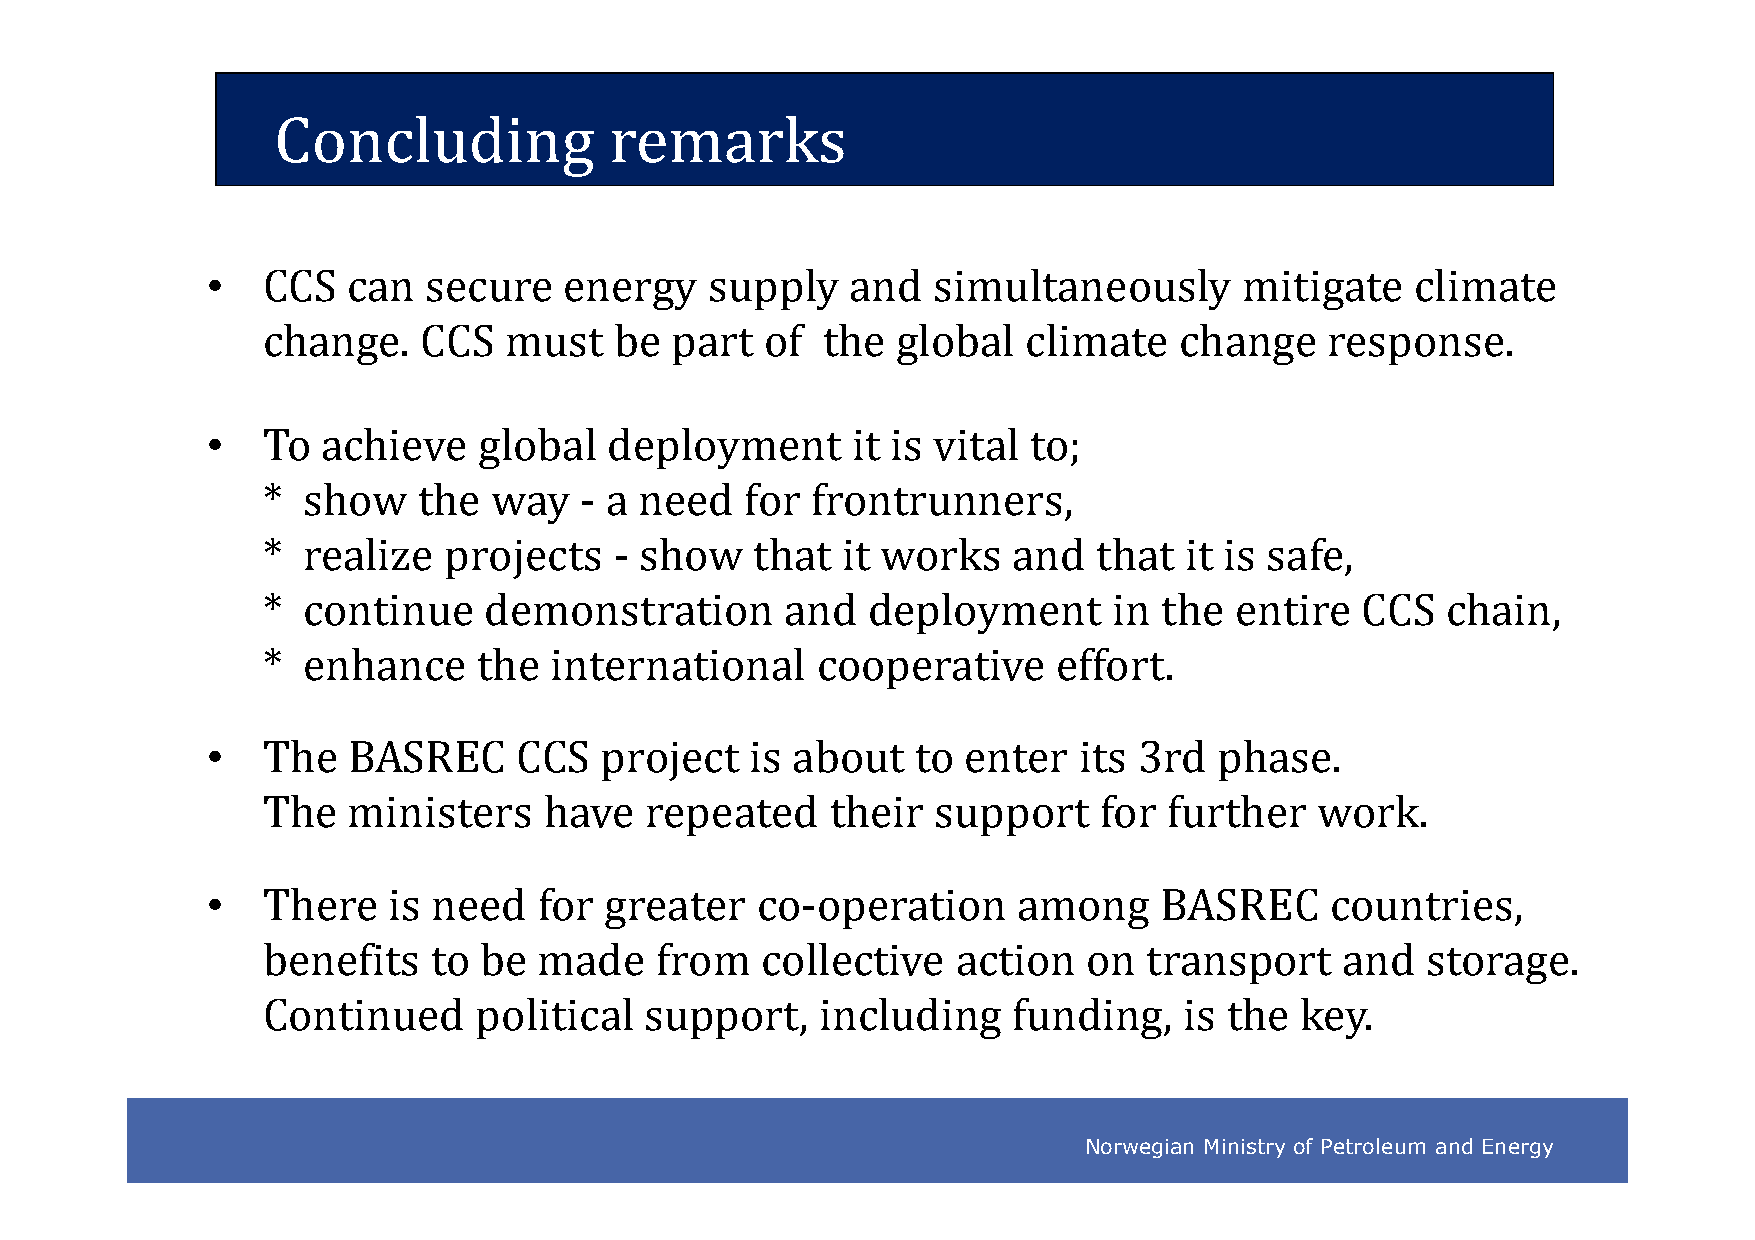
Concluding            remarks
 •
 CCS   can  secure   energy    supply   and   simultaneously      mitigate    climate
 change.    CCS  must    be part   of the  global   climate   change    response.
 •
 To  achieve    global  deployment      it is vital to;
 *  show    the  way  - a need   for  frontrunners,
 *  realize  projects    - show   that  it works   and   that it is safe,
 ** ccoonnttiinnuuee ddeemmoonnssttrraattiioonn aanndd ddeeppllooyymmeenntt iinn tthhee eennttiirree CCCCSS cchhaaiinn,,
 *  enhance     the international     cooperative     effort.
 •
 The   BASREC     CCS   project   is about   to enter  its 3rd   phase.
 The   ministers    have   repeated    their  support    for further   work.
 •
 There    is need   for greater   co-operation     among     BASREC     countries,
 benefits    to be  made   from   collective   action   on  transport    and  storage.
 Continued     political   support,   including    funding,   is the  key.
 Norwegian Ministry of Petroleum and Energy